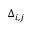
\Delta _ { i , j }